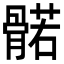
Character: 𮪰